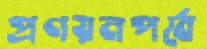
প্রণয়নপর্বে